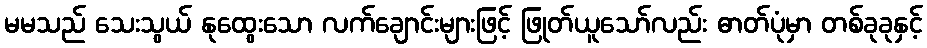
မမသည် သေးသွယ် နုထွေးသော လက်ချောင်းများဖြင့် ဖြုတ်ယူသော်လည်း ဓာတ်ပုံမှာ တစ်ခုခုနှင့်